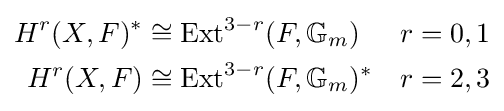
{\begin{aligned}H^{r}(X,F)^{*}&\cong \operatorname {Ext} ^{3-r}(F,\mathbb {G} _{m})&&r=0,1\\H^{r}(X,F)&\cong \operatorname {Ext} ^{3-r}(F,\mathbb {G} _{m})^{*}&&r=2,3\end{aligned}}